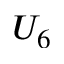
U _ { 6 }